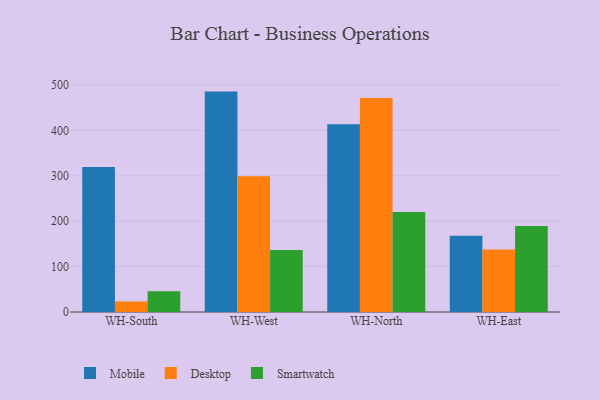
{"axis": {"x": "Warehouse", "y": "Net Income (USD K)"}, "legend": ["Desktop", "Mobile", "Smartwatch"], "data": [{"x": "WH-South", "y": 319.5, "type": "Mobile"}, {"x": "WH-South", "y": 22.9, "type": "Desktop"}, {"x": "WH-South", "y": 45.6, "type": "Smartwatch"}, {"x": "WH-West", "y": 485.6, "type": "Mobile"}, {"x": "WH-West", "y": 298.9, "type": "Desktop"}, {"x": "WH-West", "y": 136.5, "type": "Smartwatch"}, {"x": "WH-North", "y": 413.5, "type": "Mobile"}, {"x": "WH-North", "y": 471.4, "type": "Desktop"}, {"x": "WH-North", "y": 220.2, "type": "Smartwatch"}, {"x": "WH-East", "y": 167.8, "type": "Mobile"}, {"x": "WH-East", "y": 137.5, "type": "Desktop"}, {"x": "WH-East", "y": 189.4, "type": "Smartwatch"}]}